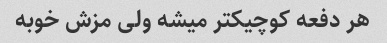
هر دفعه کوچیکتر میشه ولی مزش خوبه